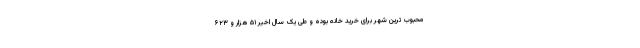
محبوب ترین شهر برای خرید خانه بوده و طی یک سال اخیر ۵۱ هزار و ۶۲۳